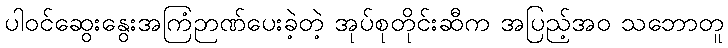
ပါဝင်ဆွေးနွေးအကြံဉာဏ်ပေးခဲ့တဲ့ အုပ်စုတိုင်းဆီက အပြည့်အဝ သဘောတူ